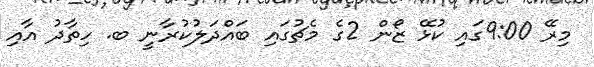
މިރޭ 9:00ގައި ކުޅޭ ޒޯން 2ގެ މެޗުގައި ބައްދަލުކުރާނީ ބ. ހިތާދު އާއި